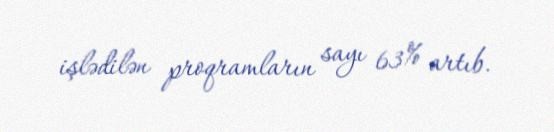
işlədilən proqramların sayı 63% artıb.